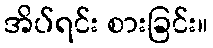
အိပ်ရင်း စားခြင်း။